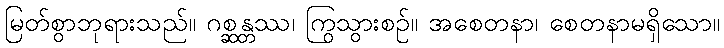
မြတ်စွာဘုရားသည်။ ဂစ္ဆန္တဿ၊ ကြွသွားစဉ်။ အစေတနာ၊ စေတနာမရှိသော။